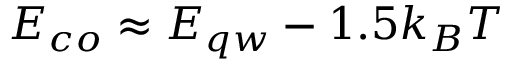
E _ { c o } \approx E _ { q w } - 1 . 5 k _ { B } T